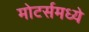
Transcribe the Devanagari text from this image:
मोटर्समध्ये